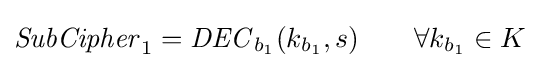
{\mathit {SubCipher}}_{1}={\mathit {DEC}}_{b_{1}}(k_{b_{1}},s)\qquad \forall k_{b_{1}}\in K